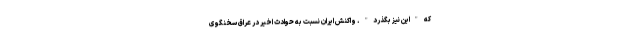
که "این نیز بگذرد". واکنش ایران نسبت به حوادث اخیر در عراق سخنگوی